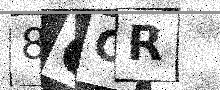
Text: 8CCR